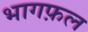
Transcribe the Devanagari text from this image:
भागफ़ल